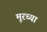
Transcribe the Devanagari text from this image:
मूरच्या